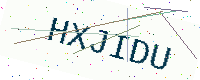
Text: HXJIDU